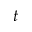
t